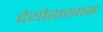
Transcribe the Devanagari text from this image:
देयोराखास